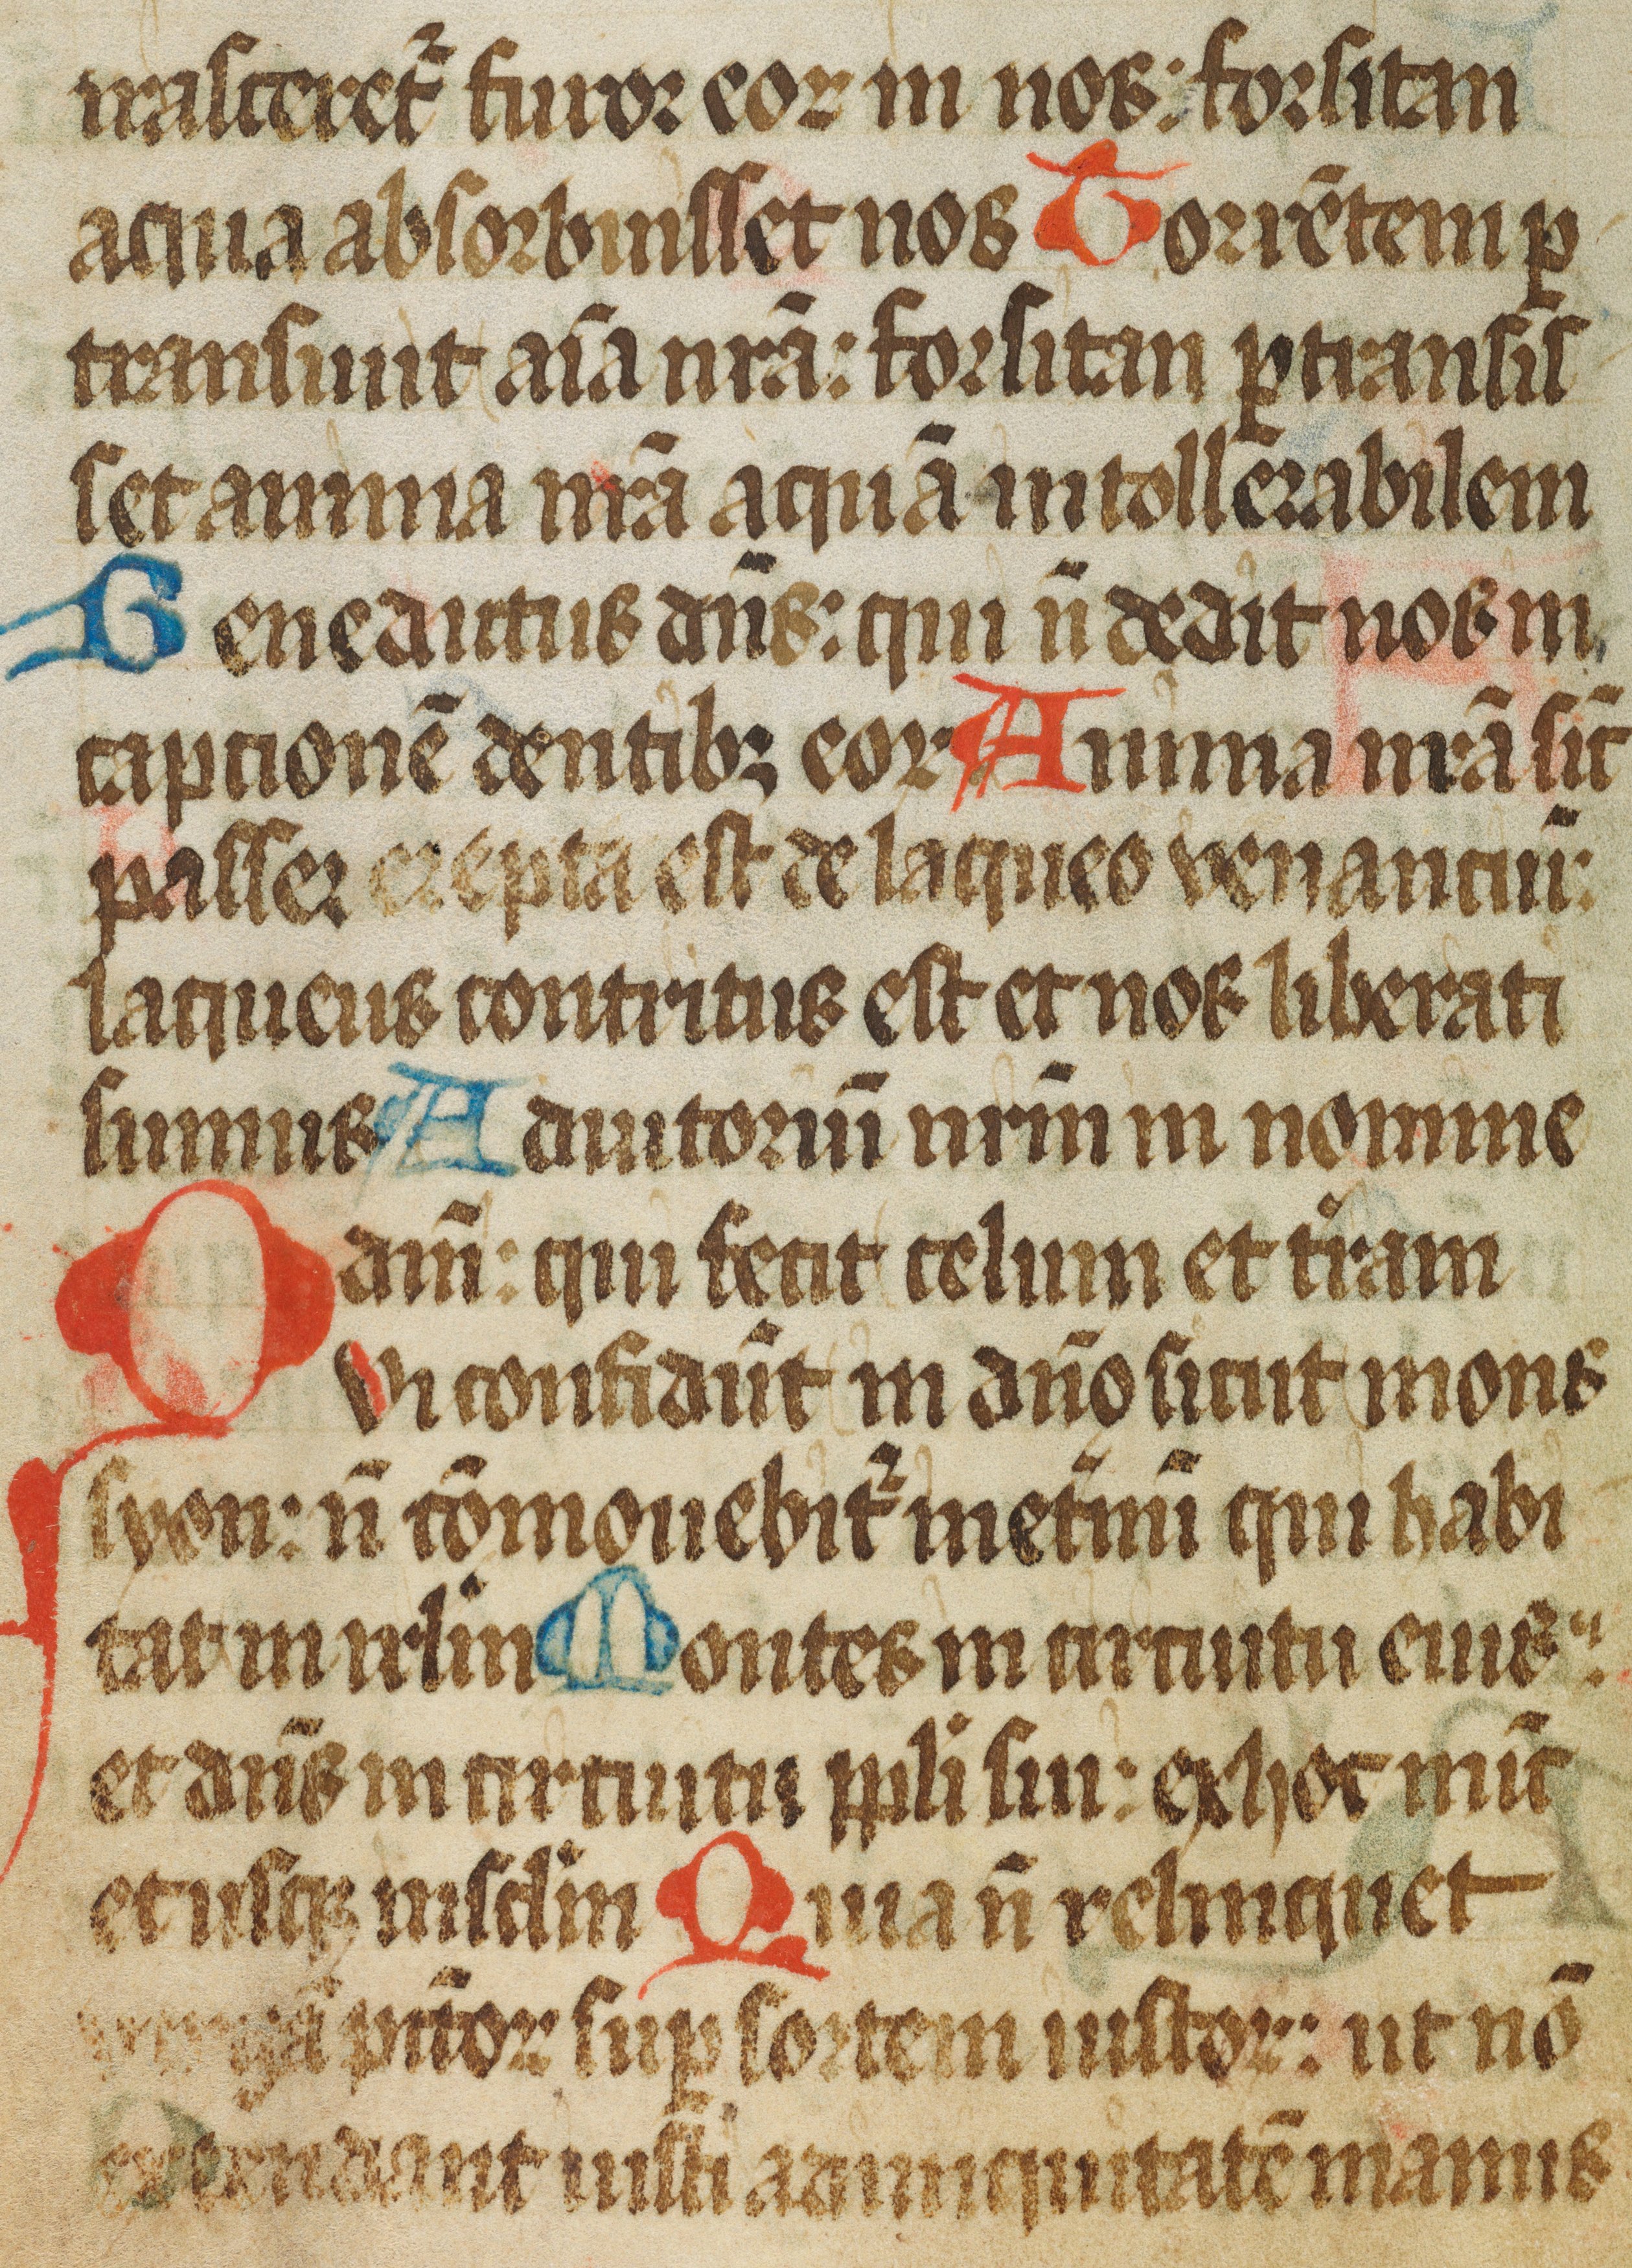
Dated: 1450–1499